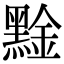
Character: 𪑙